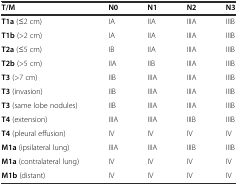
<table><thead><tr><td><b>T/M</b></td><td><b>N0</b></td><td><b>N1</b></td><td><b>N2</b></td><td><b>N3</b></td></tr></thead><tbody><tr><td><b>T1a</b> (≤2 cm)</td><td>IA</td><td>IIA</td><td>IIIA</td><td>IIIB</td></tr><tr><td><b>T1b</b> (&gt;2 cm)</td><td>IA</td><td>IIA</td><td>IIIA</td><td>IIIB</td></tr><tr><td><b>T2a</b> (≤5 cm)</td><td>IB</td><td>IIA</td><td>IIIA</td><td>IIIB</td></tr><tr><td><b>T2b</b> (&gt;5 cm)</td><td>IIA</td><td>IIB</td><td>IIIA</td><td>IIIB</td></tr><tr><td><b>T3</b> (&gt;7 cm)</td><td>IIB</td><td>IIIA</td><td>IIIA</td><td>IIIB</td></tr><tr><td><b>T3</b> (invasion)</td><td>IIB</td><td>IIIA</td><td>IIIA</td><td>IIIB</td></tr><tr><td><b>T3</b> (same lobe nodules)</td><td>IIB</td><td>IIIA</td><td>IIIA</td><td>IIIB</td></tr><tr><td><b>T4</b> (extension)</td><td>IIIA</td><td>IIIA</td><td>IIIB</td><td>IIIB</td></tr><tr><td><b>T4</b> (pleural effusion)</td><td>IV</td><td>IV</td><td>IV</td><td>IV</td></tr><tr><td><b>M1a</b> (ipsilateral lung)</td><td>IIIA</td><td>IIIA</td><td>IIIB</td><td>IIIB</td></tr><tr><td><b>M1a</b> (contralateral lung)</td><td>IV</td><td>IV</td><td>IV</td><td>IV</td></tr><tr><td><b>M1b</b> (distant)</td><td>IV</td><td>IV</td><td>IV</td><td>IV</td></tr></tbody></table>